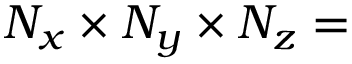
N _ { x } \times N _ { y } \times N _ { z } =